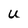
Character: U